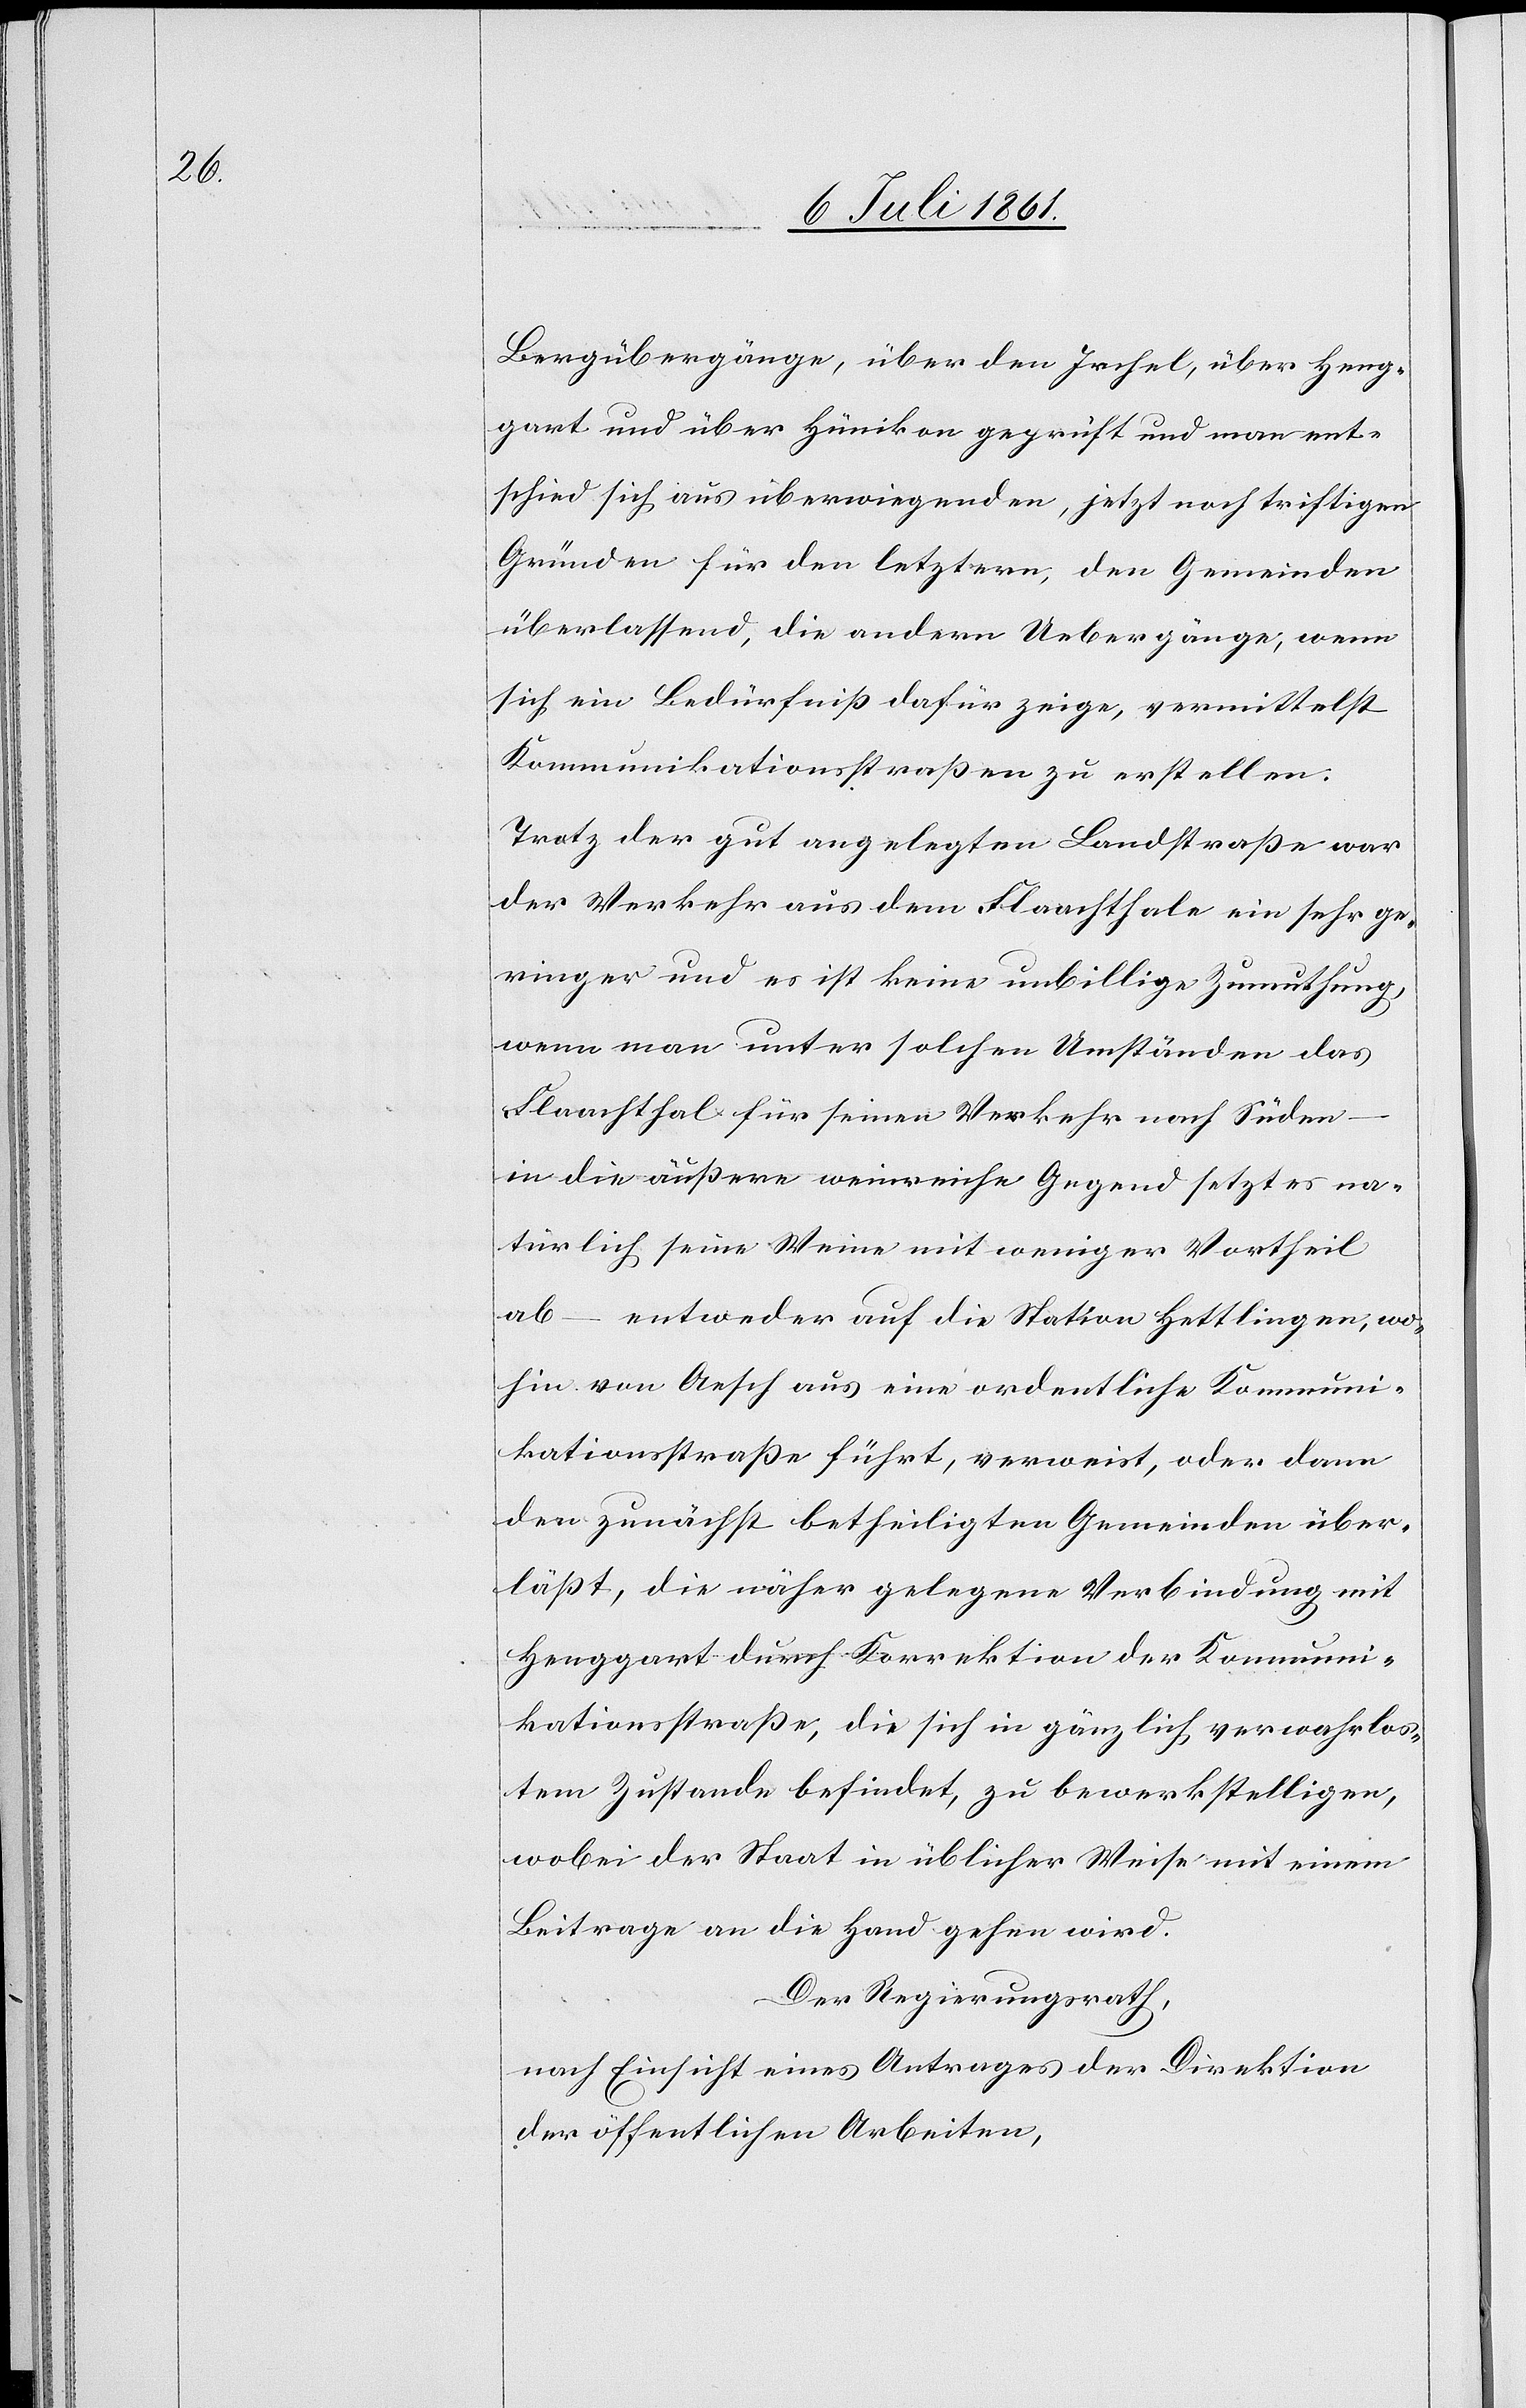
Bergübergänge, über den Irchel, über Heng¬
gart und über Hünikon geprüft und man ent¬
schied sich aus überwiegenden, jetzt noch triftigen
Gründen für den letztern, den Gemeinden
überlassend, die andern Übergänge, wenn
sich ein Bedürfniß dafür zeige, vermittelst
Kommunikationsstraßen zu erstellen.
Trotz der gut angelegten Landstraße war
der Verkehr aus dem Flaachthale ein sehr ge¬
ringer und es ist keine unbillige Zumuthung,
wenn man unter solchen Umständen das
Flaachthal für seinen Verkehr nach Süden –
in die äußere weinreiche Gegend setzt es na¬
türlich seine Weine mit weniger Vortheil
ab – entweder auf die Station Hettlingen, wo¬
hin von Aesch aus eine ordentliche Kommuni¬
kationsstraße führt, verweist, oder dann
den zunächst betheiligten Gemeinden über¬
läßt, die näher gelegene Verbindung mit
Henggart durch Korrektion der Kommuni¬
kationsstraße, die sich in gänzlich verwahrlos¬
tem Zustande befindet, zu bewerkstelligen,
wobei der Staat in üblicher Weise mit einem
Beitrage an die Hand gehen wird.
Der Regierungsrath,
nach Einsicht eines Antrages der Direktion
der öffentlichen Arbeiten,